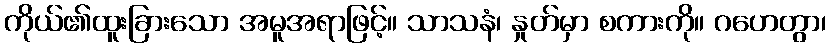
ကိုယ်၏ထူးခြားသော အမူအရာဖြင့်။ သာသနံ၊ နှုတ်မှာ စကားကို။ ဂဟေတွာ၊